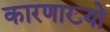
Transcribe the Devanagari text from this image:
कारणाख्यो